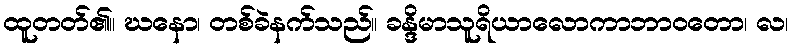
ထူတတ်၏။ ဃနော၊ တစ်ခဲနက်သည်။ ခန္ဒိမာသူရိယာလောကာဘာဝတော၊ လ၊